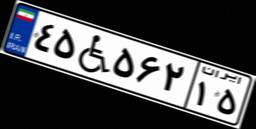
۹۹W۰۰۸۲۲